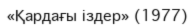
«Қардағы іздер» (1977)